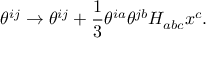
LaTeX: \theta ^ { i j } \to \theta ^ { i j } + { \frac { 1 } { 3 } } \theta ^ { i a } \theta ^ { j b } H _ { a b c } x ^ { c } .